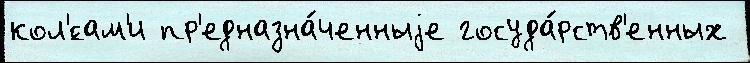
кол'́сам'и пр'едназна́ченныjе госуда́рств'енных